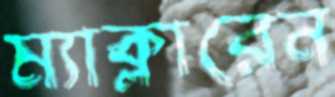
ম্যাক্লারেন